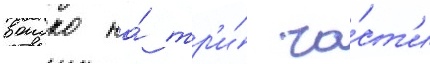
воиско на́ тр'и́ ча́ст'и